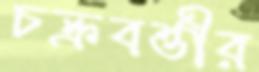
চক্রবর্ত্তীর